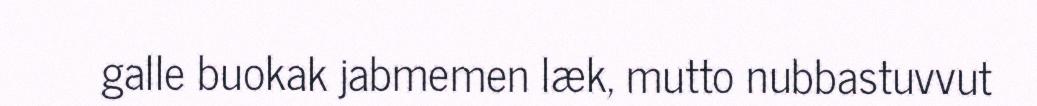
galle buokak jabmemen læk, mutto nubbastuvvut